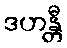
ဒဟန္တီ